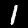
Digit: 1